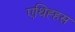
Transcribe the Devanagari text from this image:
एथिह्हस